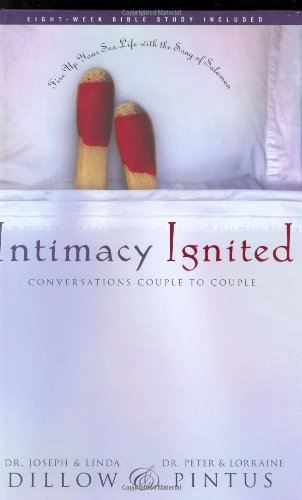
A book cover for Intimacy Ignited: Conversations Couple to Couple: Fire Up Your Sex Life with the Song of Solomon; Joseph Dillow; Religion & Spirituality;